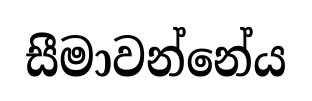
සීමාවන්නේය